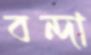
বন্দা